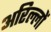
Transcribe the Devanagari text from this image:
अरिल्लों